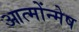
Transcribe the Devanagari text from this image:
आत्मोंन्मेष